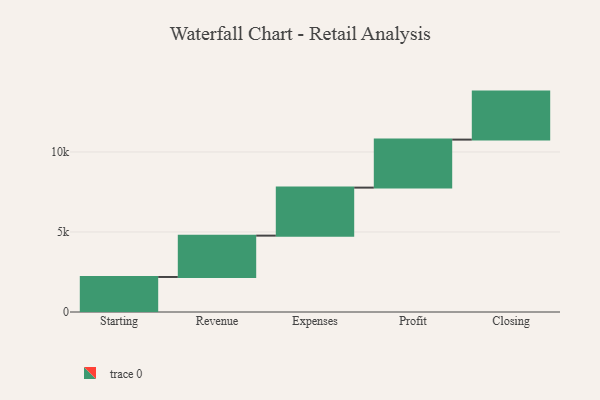
{"axis": {"x": "Step", "y": "Value"}, "legend": [""], "data": [{"x": "Starting", "y": 2189.0, "type": ""}, {"x": "Revenue", "y": 2583.0, "type": ""}, {"x": "Expenses", "y": 3000, "type": ""}, {"x": "Profit", "y": 3000, "type": ""}, {"x": "Closing", "y": 3000, "type": ""}]}